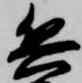
兵